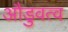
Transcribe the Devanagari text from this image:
औडुवत्व